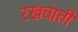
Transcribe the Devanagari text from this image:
रखवाती